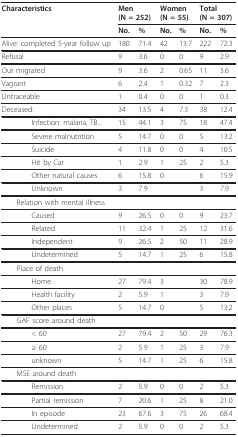
<table><thead><tr><td><b>Characteristics</b></td><td colspan="2"><b>Men (N = 252)</b></td><td colspan="2"><b>Women (N = 55)</b></td><td colspan="2"><b>Total(N = 307)</b></td></tr><tr><td></td><td><b>No.</b></td><td><b>%</b></td><td><b>No.</b></td><td><b>%</b></td><td><b>No.</b></td><td><b>%</b></td></tr></thead><tbody><tr><td>Alive: completed 5-year follow up</td><td>180</td><td>71.4</td><td>42</td><td>13.7</td><td>222</td><td>72.3</td></tr><tr><td>Refusal</td><td>9</td><td>3.6</td><td>0</td><td>0</td><td>9</td><td>2.9</td></tr><tr><td>Out migrated</td><td>9</td><td>3.6</td><td>2</td><td>0.65</td><td>11</td><td>3.6</td></tr><tr><td>Vagrant</td><td>6</td><td>2.4</td><td>1</td><td>0.32</td><td>7</td><td>2.3</td></tr><tr><td>Untraceable</td><td>1</td><td>0.4</td><td>0</td><td>0</td><td>1</td><td>0.3</td></tr><tr><td>Deceased:</td><td>34</td><td>13.5</td><td>4</td><td>7.3</td><td>38</td><td>12.4</td></tr><tr><td>Infection: malaria, TB...</td><td>15</td><td>44.1</td><td>3</td><td>75</td><td>18</td><td>47.4</td></tr><tr><td>Severe malnutrition</td><td>5</td><td>14.7</td><td>0</td><td>0</td><td>5</td><td>13.2</td></tr><tr><td>Suicide</td><td>4</td><td>11.8</td><td>0</td><td>0</td><td>4</td><td>10.5</td></tr><tr><td>Hit by Car</td><td>1</td><td>2.9</td><td>1</td><td>25</td><td>2</td><td>5.3</td></tr><tr><td>Other natural causes</td><td>6</td><td>15.8</td><td>0</td><td></td><td>6</td><td>15.9</td></tr><tr><td>Unknown</td><td>3</td><td>7.9</td><td></td><td></td><td>3</td><td>7.9</td></tr><tr><td> Relation with mental illness</td><td></td><td></td><td></td><td></td><td></td><td></td></tr><tr><td>Caused</td><td>9</td><td>26.5</td><td>0</td><td>0</td><td>9</td><td>23.7</td></tr><tr><td>Related</td><td>11</td><td>32.4</td><td>1</td><td>25</td><td>12</td><td>31.6</td></tr><tr><td>Independent</td><td>9</td><td>26.5</td><td>2</td><td>50</td><td>11</td><td>28.9</td></tr><tr><td>Undetermined</td><td>5</td><td>14.7</td><td>1</td><td>25</td><td>6</td><td>15.8</td></tr><tr><td> Place of death</td><td></td><td></td><td></td><td></td><td></td><td></td></tr><tr><td>Home</td><td>27</td><td>79.4</td><td>3</td><td></td><td>30</td><td>78.9</td></tr><tr><td>Health facility</td><td>2</td><td>5.9</td><td>1</td><td></td><td>3</td><td>7.9</td></tr><tr><td>Other places</td><td>5</td><td>14.7</td><td>0</td><td></td><td>5</td><td>13.2</td></tr><tr><td> GAF score around death</td><td></td><td></td><td></td><td></td><td></td><td></td></tr><tr><td>&lt; 60</td><td>27</td><td>79.4</td><td>2</td><td>50</td><td>29</td><td>76.3</td></tr><tr><td>≥ 60</td><td>2</td><td>5.9</td><td>1</td><td>25</td><td>3</td><td>7.9</td></tr><tr><td>unknown</td><td>5</td><td>14.7</td><td>1</td><td>25</td><td>6</td><td>15.8</td></tr><tr><td> MSE around death</td><td></td><td></td><td></td><td></td><td></td><td></td></tr><tr><td>Remission</td><td>2</td><td>5.9</td><td>0</td><td>0</td><td>2</td><td>5.3</td></tr><tr><td>Partial remission</td><td>7</td><td>20.6</td><td>1</td><td>25</td><td>8</td><td>21.0</td></tr><tr><td>In episode</td><td>23</td><td>67.6</td><td>3</td><td>75</td><td>26</td><td>68.4</td></tr><tr><td>Undetermined</td><td>2</td><td>5.9</td><td>0</td><td>0</td><td>2</td><td>5.3</td></tr></tbody></table>